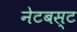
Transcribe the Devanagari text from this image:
नेटबस्ट